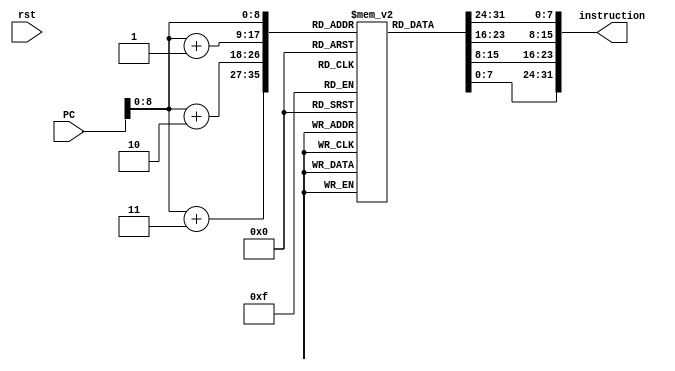
module instructionMem (rst, PC, instruction);
	input rst;
	input [31:0] PC;
	output [31:0] instruction;

	reg[7:0] instMem[511:0];

	initial begin
		instMem[0] <= 8'b00100100;
		instMem[1] <= 8'b00000001;
		instMem[2] <= 8'b00000000;
		instMem[3] <= 8'b00000001;
		instMem[4] <= 8'b00100100;
		instMem[5] <= 8'b00011111;
		instMem[6] <= 8'b00000000;
		instMem[7] <= 8'b00000000;
		instMem[8] <= 8'b00100100;
		instMem[9] <= 8'b00011110;
		instMem[10] <= 8'b00000000;
		instMem[11] <= 8'b00000000;
		instMem[12] <= 8'b00100100;
		instMem[13] <= 8'b00011101;
		instMem[14] <= 8'b00000000;
		instMem[15] <= 8'b00000000;
		instMem[16] <= 8'b00100100;
		instMem[17] <= 8'b00000010;
		instMem[18] <= 8'b00000000;
		instMem[19] <= 8'b00000101;
		instMem[20] <= 8'b00100100;
		instMem[21] <= 8'b00011111;
		instMem[22] <= 8'b00000000;
		instMem[23] <= 8'b00000000;
		instMem[24] <= 8'b00100100;
		instMem[25] <= 8'b00011110;
		instMem[26] <= 8'b00000000;
		instMem[27] <= 8'b00000000;
		instMem[28] <= 8'b00100100;
		instMem[29] <= 8'b00011101;
		instMem[30] <= 8'b00000000;
		instMem[31] <= 8'b00000000;
		instMem[32] <= 8'b00100100;
		instMem[33] <= 8'b00000011;
		instMem[34] <= 8'b00000000;
		instMem[35] <= 8'b00000010;
		instMem[36] <= 8'b00100100;
		instMem[37] <= 8'b00011111;
		instMem[38] <= 8'b00000000;
		instMem[39] <= 8'b00000000;
		instMem[40] <= 8'b00100100;
		instMem[41] <= 8'b00011110;
		instMem[42] <= 8'b00000000;
		instMem[43] <= 8'b00000000;
		instMem[44] <= 8'b00100100;
		instMem[45] <= 8'b00011101;
		instMem[46] <= 8'b00000000;
		instMem[47] <= 8'b00000000;
		instMem[48] <= 8'b00100100;
		instMem[49] <= 8'b00000100;
		instMem[50] <= 8'b00000000;
		instMem[51] <= 8'b00000001;
		instMem[52] <= 8'b00100100;
		instMem[53] <= 8'b00011111;
		instMem[54] <= 8'b00000000;
		instMem[55] <= 8'b00000000;
		instMem[56] <= 8'b00100100;
		instMem[57] <= 8'b00011110;
		instMem[58] <= 8'b00000000;
		instMem[59] <= 8'b00000000;
		instMem[60] <= 8'b00100100;
		instMem[61] <= 8'b00011101;
		instMem[62] <= 8'b00000000;
		instMem[63] <= 8'b00000000;
		instMem[64] <= 8'b00000000;
		instMem[65] <= 8'b01100100;
		instMem[66] <= 8'b00100000;
		instMem[67] <= 8'b00011000;
		instMem[68] <= 8'b00100100;
		instMem[69] <= 8'b00011111;
		instMem[70] <= 8'b00000000;
		instMem[71] <= 8'b00000000;
		instMem[72] <= 8'b00100100;
		instMem[73] <= 8'b00011110;
		instMem[74] <= 8'b00000000;
		instMem[75] <= 8'b00000000;
		instMem[76] <= 8'b00100100;
		instMem[77] <= 8'b00011101;
		instMem[78] <= 8'b00000000;
		instMem[79] <= 8'b00000000;
		instMem[80] <= 8'b00100100;
		instMem[81] <= 8'b00100001;
		instMem[82] <= 8'b00000000;
		instMem[83] <= 8'b00000001;
		instMem[84] <= 8'b00100100;
		instMem[85] <= 8'b00011111;
		instMem[86] <= 8'b00000000;
		instMem[87] <= 8'b00000000;
		instMem[88] <= 8'b00100100;
		instMem[89] <= 8'b00011110;
		instMem[90] <= 8'b00000000;
		instMem[91] <= 8'b00000000;
		instMem[92] <= 8'b00100100;
		instMem[93] <= 8'b00011101;
		instMem[94] <= 8'b00000000;
		instMem[95] <= 8'b00000000;
		instMem[96] <= 8'b00100100;
		instMem[97] <= 8'b01100011;
		instMem[98] <= 8'b00000000;
		instMem[99] <= 8'b00000001;
		instMem[100] <= 8'b00100100;
		instMem[101] <= 8'b00011111;
		instMem[102] <= 8'b00000000;
		instMem[103] <= 8'b00000000;
		instMem[104] <= 8'b00100100;
		instMem[105] <= 8'b00011110;
		instMem[106] <= 8'b00000000;
		instMem[107] <= 8'b00000000;
		instMem[108] <= 8'b00100100;
		instMem[109] <= 8'b00011101;
		instMem[110] <= 8'b00000000;
		instMem[111] <= 8'b00000000;
		instMem[112] <= 8'b00100000;
		instMem[113] <= 8'b01000001;
		instMem[114] <= 8'b00000000;
		instMem[115] <= 8'b00000011;
		instMem[116] <= 8'b00100100;
		instMem[117] <= 8'b00011111;
		instMem[118] <= 8'b00000000;
		instMem[119] <= 8'b00000000;
		instMem[120] <= 8'b00100100;
		instMem[121] <= 8'b00011110;
		instMem[122] <= 8'b00000000;
		instMem[123] <= 8'b00000000;
		instMem[124] <= 8'b00100100;
		instMem[125] <= 8'b00011101;
		instMem[126] <= 8'b00000000;
		instMem[127] <= 8'b00000000;
	end

	assign instruction = {instMem[PC], instMem[PC + 1], instMem[PC + 2], instMem[PC+ 3]};

endmodule